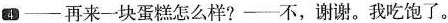
4——再来一块蛋糕怎么样?——不,谢谢.我吃饱了.